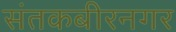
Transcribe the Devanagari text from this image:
संतकबीरनगर